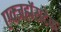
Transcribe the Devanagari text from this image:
एक्जहॉसटेक